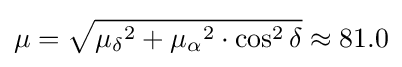
\mu ={\sqrt {{\mu _{\delta }}^{2}+{\mu _{\alpha }}^{2}\cdot \cos ^{2}\delta }}\approx 81.0